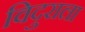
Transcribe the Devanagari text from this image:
विदुराला